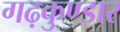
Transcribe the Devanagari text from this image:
गढ़कुण्डार